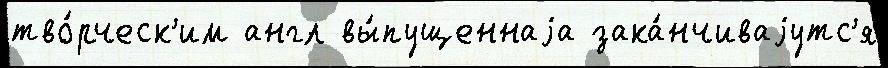
тво́рческ'им англ вы́пущеннаjа зака́нчиваjутс'я